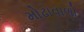
મોઢાવાળો